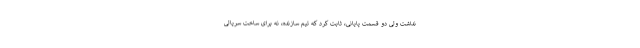
نداشت ولی دو قسمت پایانی، ثابت کرد که تیم سازنده، نه برای ساخت سریالی